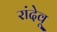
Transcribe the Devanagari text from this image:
रांदेवू